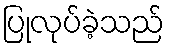
ပြုလုပ်ခဲ့သည်